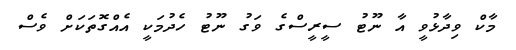
މާކް ވިދާޅުވީ އާ ނޫޓު ސީރީސްގެ ވަގު ނޫޓު ހެދުމަކީ އެއްގޮތަކަށް ވެސް